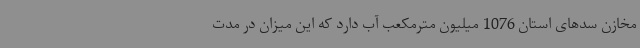
مخازن سدهای استان 1076 میلیون مترمکعب آب دارد که این میزان در مدت